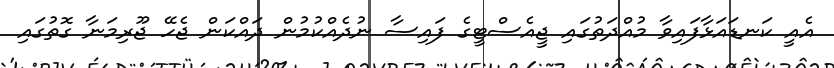
އެއީ ކަނޑައަޅާފައިވާ މުއްދަތުގައި ޖީއެސްޓީގެ ފައިސާ ނުދެއްކުމުން ދައްކަން ޖެހޭ ޖޫރިމަނާ ގޮތުގައި